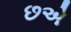
છએ